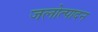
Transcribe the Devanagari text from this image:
जलोत्पादन